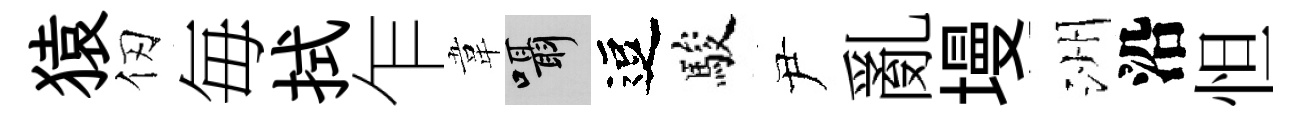
猿仞毎拭乍韋囁逗駿尹亂墁洲沿怛